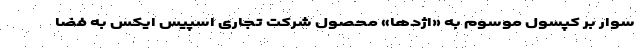
سوار بر کپسول موسوم به «اژدها» محصول شرکت تجاری اسپیس ایکس به فضا